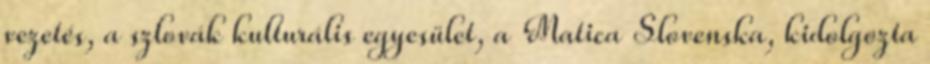
vezetés, a szlovák kulturális egyesület, a Matica Slovenska, kidolgozta